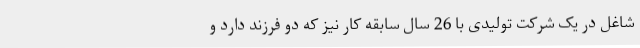
شاغل در یک شرکت تولیدی با 26 سال سابقه کار نیز که دو فرزند دارد و